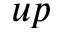
u p